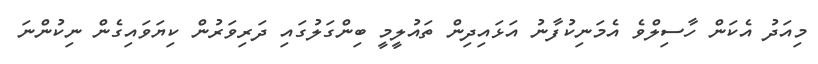
މިއަދު އެކަން ހާސިލްވެ އެމަނިކުފާނު އަޅައިދިން ތައުލީމީ ބިންގަލުގައި ދަރިވަރުން ކިޔަވައިގެން ނިކުންނަ